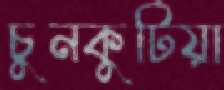
চুনকুটিয়া